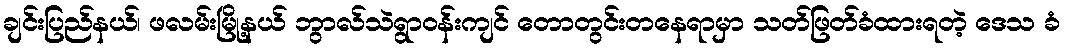
ချင်းပြည်နယ်၊ ဖလမ်းမြို့နယ် ဘွာလ်သဲရွာဝန်းကျင် တောတွင်းတနေရာမှာ သတ်ဖြတ်ခံထားရတဲ့ ဒေသ ခံ